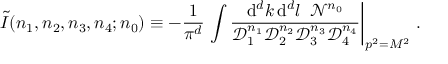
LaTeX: \widetilde { I } ( n _ { 1 } , n _ { 2 } , n _ { 3 } , n _ { 4 } ; n _ { 0 } ) \equiv - \frac { 1 } { \pi ^ { d } } \left. \int \frac { \mathrm { d } ^ { d } k \, \mathrm { d } ^ { d } l \; \; \mathcal { N } ^ { n _ { 0 } } } { \mathcal { D } _ { 1 } ^ { n _ { 1 } } \mathcal { D } _ { 2 } ^ { n _ { 2 } } \mathcal { D } _ { 3 } ^ { n _ { 3 } } \mathcal { D } _ { 4 } ^ { n _ { 4 } } } \right| _ { p ^ { 2 } = M ^ { 2 } } \, .